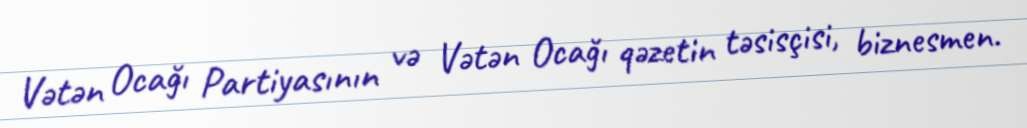
Vətən Ocağı Partiyasının və Vətən Ocağı qəzetin təsisçisi, biznesmen.